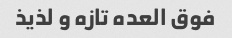
فوق العده تازه و لذیذ